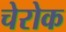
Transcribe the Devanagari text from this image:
चेरोक